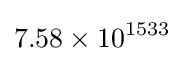
7.58\times 10^{1533}